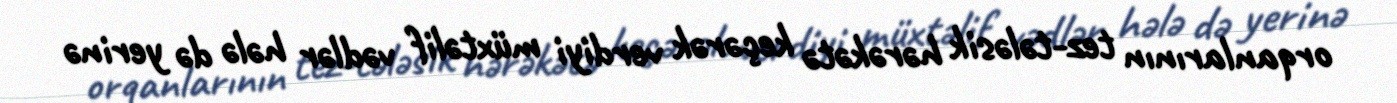
orqanlarının tez-tələsik hərəkətə keçərək verdiyi müxtəlif vədlər hələ də yerinə